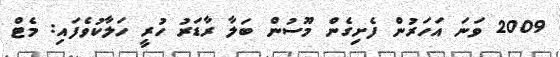
2009 ވަނަ އަހަރުން ފެށިގެން މޫސުން ބަލާ ރާޑަރު ހުރީ ހަލާކުވެފައި: މެޓް